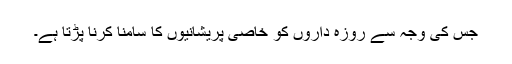
جس کی وجہ سے روزہ داروں کو خاصی پریشانیوں کا سامنا کرنا پڑتا ہے۔